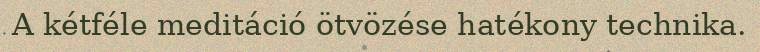
A kétféle meditáció ötvözése hatékony technika.